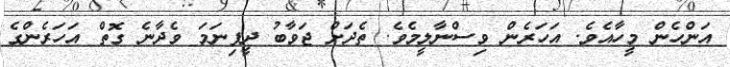
އަންހެން މީހާއެވެ. އަހަރެން ވިސްނާލީމެވެ. ތެދަށް ޖަވާބު ދީފިނަމަ ވެދާނެ ގޮތް އަހަރެންގެ